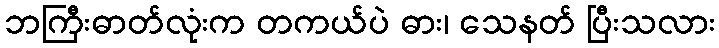
ဘကြီးဓာတ်လုံးက တကယ်ပဲ ဓား၊ သေနတ် ပြီးသလား